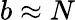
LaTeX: b\approx N